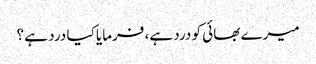
میرے بھائی کو درد ہے، فرمایا کیا درد ہے ؟